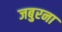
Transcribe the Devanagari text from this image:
जबुरना